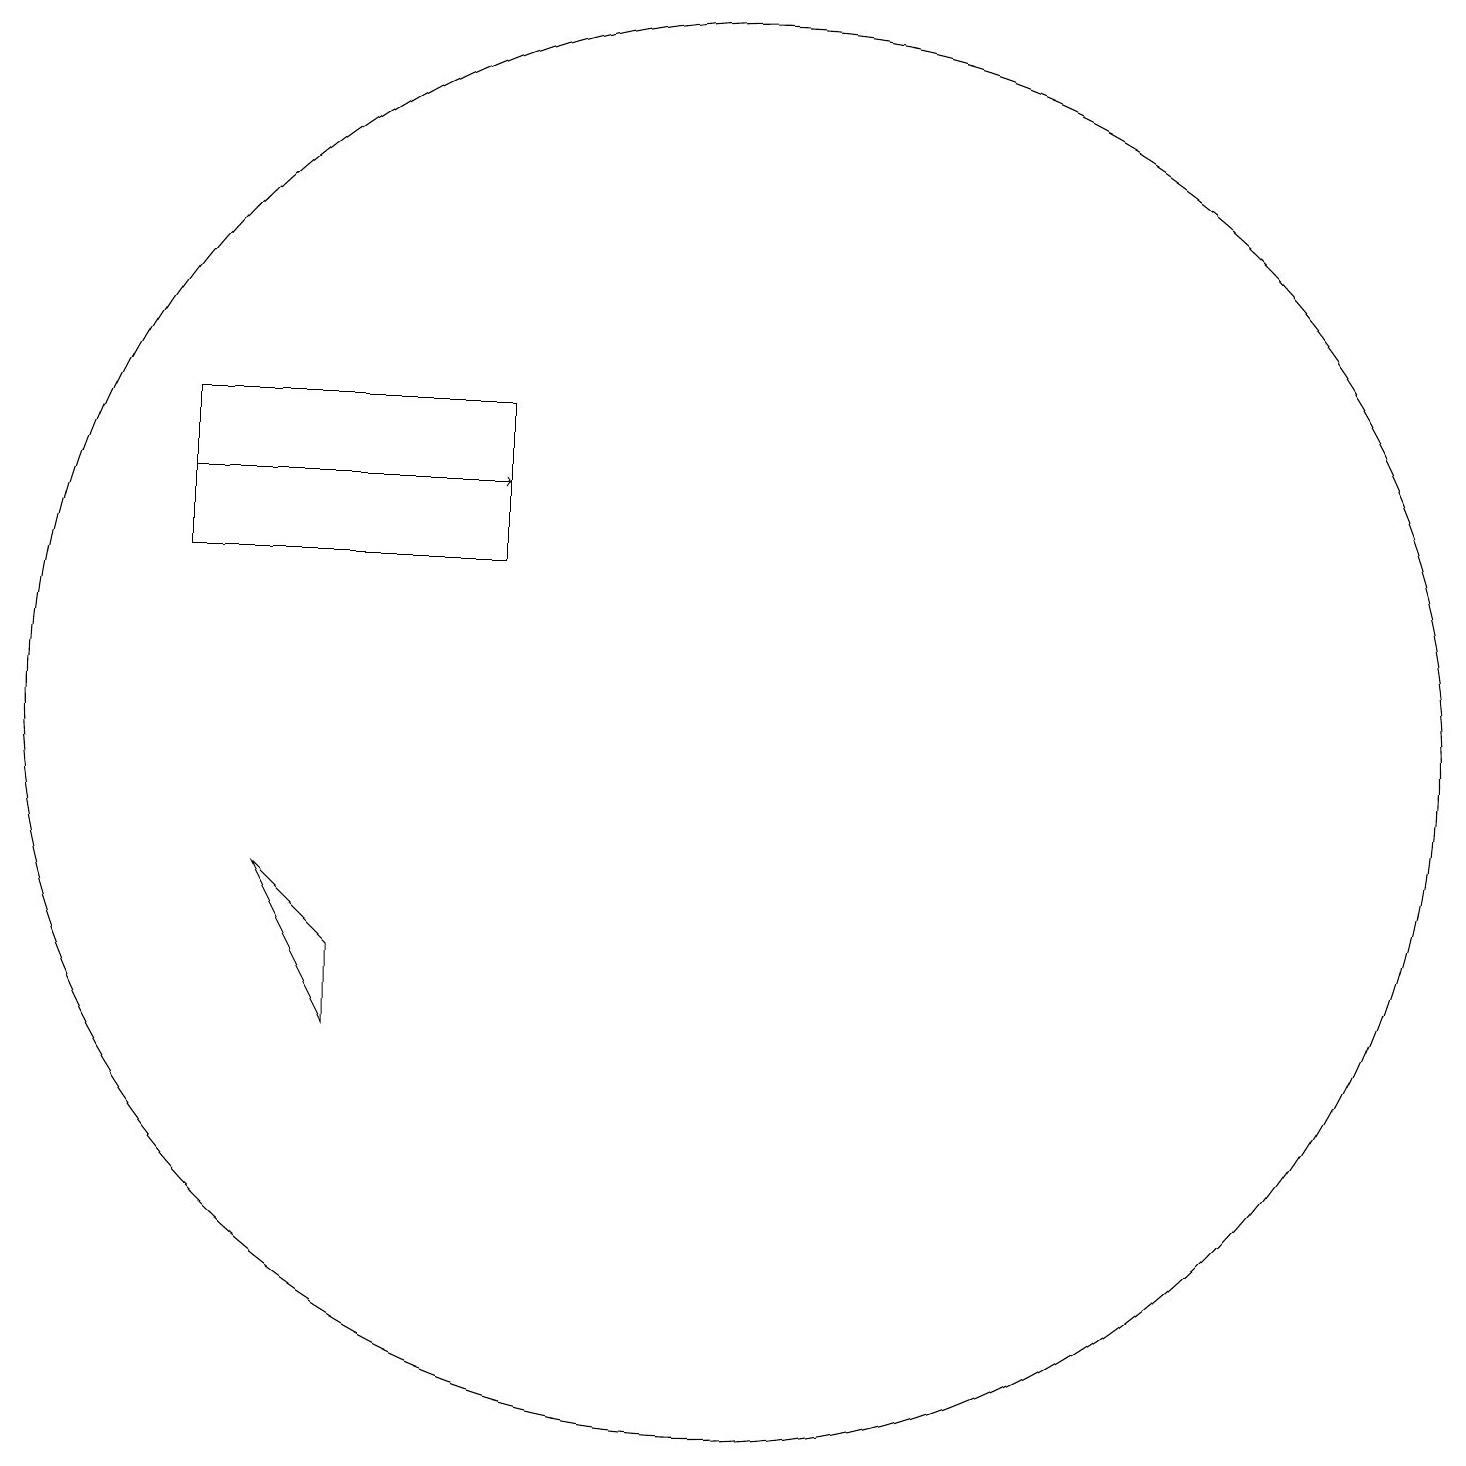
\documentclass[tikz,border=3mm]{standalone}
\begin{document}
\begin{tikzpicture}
\draw (4,9) -- (5,8) -- (5,7) -- cycle;
\draw[->] (3,14) -- (7,14);
\draw (10,11) circle (9);
\draw (7,15) rectangle (3,13);
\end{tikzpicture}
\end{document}